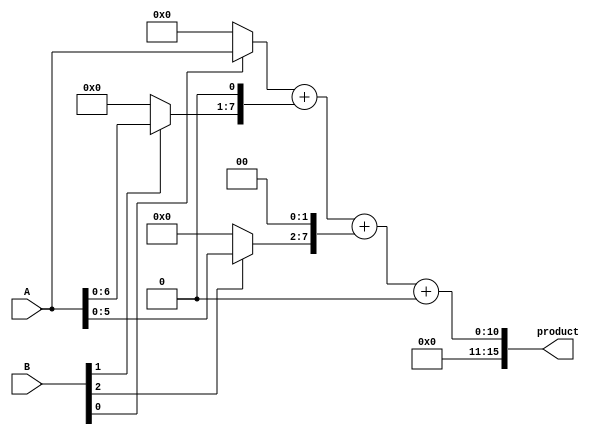
module wallace_tree_multiplier #(parameter A_WIDTH = 8, B_WIDTH = 8, P_WIDTH = A_WIDTH + B_WIDTH) (
    input [A_WIDTH-1:0] A,
    input [B_WIDTH-1:0] B,
    output reg [P_WIDTH-1:0] product
);

    // Intermediate wires for partial products
    wire [A_WIDTH-1:0] pp[B_WIDTH-1:0]; // Partial products
    wire [2*A_WIDTH-1:0] sum [B_WIDTH-1:0]; // Sums for Wallace tree

    // Generate partial products
    genvar i;
    generate
        for (i = 0; i < B_WIDTH; i = i + 1) begin : pp_gen
            assign pp[i] = (B[i] ? A : 0) << i; // Shift A based on B[i]
        end
    endgenerate

    // Wallace tree reduction
    wire [P_WIDTH-1:0] level1_sum [0:A_WIDTH-1];
    wire [A_WIDTH-1:0] level1_carry [0:A_WIDTH-1];

    // Level 1: Combine the partial products
    generate
        for (i = 0; i < A_WIDTH; i = i + 1) begin : level1
            if (i < B_WIDTH) begin
                assign level1_sum[i] = pp[i];
            end else begin
                assign level1_sum[i] = 0;
            end
            assign level1_carry[i] = 0; // Initialize carry
        end
    endgenerate

    // Level 2: Wallace tree reduction
    // This is a simple example, typically you would have a more complex tree structure
    wire [P_WIDTH-1:0] level2_sum;
    wire [P_WIDTH-1:0] level2_carry;

    assign level2_sum = level1_sum[0] + level1_sum[1] + level1_sum[2]; // Example for 3 inputs
    assign level2_carry = level1_carry[0] + level1_carry[1] + level1_carry[2]; // Example for carry

    // Final addition
    always @(*) begin
        product = level2_sum + level2_carry; // Final product
    end

endmodule